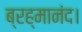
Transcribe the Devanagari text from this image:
ब्रह्मानंद।